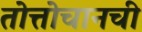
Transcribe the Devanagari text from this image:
तोत्तोचानची